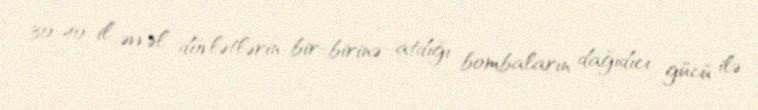
30-40 il əvvəl dövlətlərin bir-birinə atdığı bombaların dağıdıcı gücü ilə